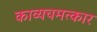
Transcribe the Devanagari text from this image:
काव्यचमत्कार